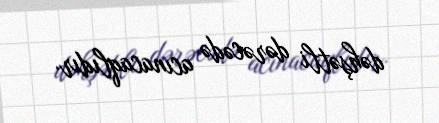
dəhşətli dərəcədə acınacaqlıdır.